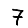
Digit: 7